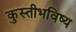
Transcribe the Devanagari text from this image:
कुस्तीभविष्य